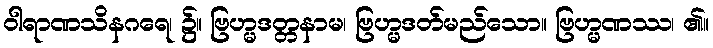
ဝါရာဏသိနဂရေ၊ ၌။ ဗြဟ္မဒတ္တနာမ၊ ဗြဟ္မဒတ်မည်သော။ ဗြဟ္မဏဿ၊ ၏။